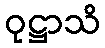
ဝုဋ္ဌာသိ